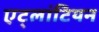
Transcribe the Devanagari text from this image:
एट्लांटियन